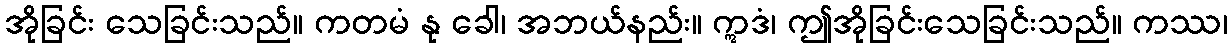
အိုခြင်း သေခြင်းသည်။ ကတမံ နု ခေါ၊ အဘယ်နည်း။ ဣဒံ၊ ဤအိုခြင်းသေခြင်းသည်။ ကဿ၊